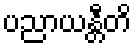
ပညာယန္တီတိ